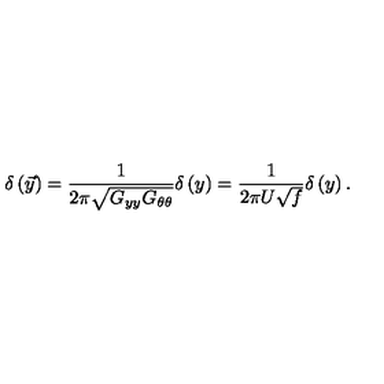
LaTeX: \delta \left( \vec { y } \right) = \frac { 1 } { 2 \pi \sqrt { G _ { y y } G _ { \theta \theta } } } \delta \left( y \right) = \frac { 1 } { 2 \pi U \sqrt { f } } \delta \left( y \right) .